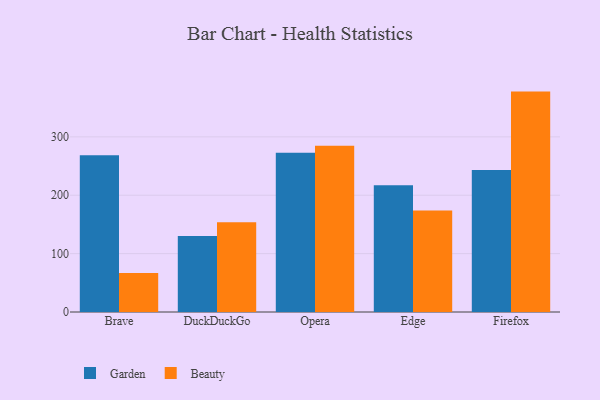
{"axis": {"x": "Browser", "y": "Page Views"}, "legend": ["Beauty", "Garden"], "data": [{"x": "Brave", "y": 268.6, "type": "Garden"}, {"x": "Brave", "y": 66.6, "type": "Beauty"}, {"x": "DuckDuckGo", "y": 130.0, "type": "Garden"}, {"x": "DuckDuckGo", "y": 153.7, "type": "Beauty"}, {"x": "Opera", "y": 272.7, "type": "Garden"}, {"x": "Opera", "y": 284.6, "type": "Beauty"}, {"x": "Edge", "y": 217.0, "type": "Garden"}, {"x": "Edge", "y": 173.9, "type": "Beauty"}, {"x": "Firefox", "y": 243.4, "type": "Garden"}, {"x": "Firefox", "y": 377.5, "type": "Beauty"}]}